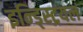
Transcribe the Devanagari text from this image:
इन्ड्स्ट्रियल